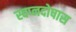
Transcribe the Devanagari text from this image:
स्वप्नदोषास